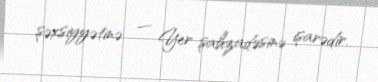
şəxsiyyətinə — Yer şahzadəsinə işarədir.